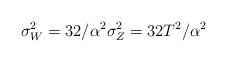
LaTeX: \begin{align*} \sigma_W^2 = 32/\alpha^2 \sigma_Z^2 = 32T^2/\alpha^2\end{align*}